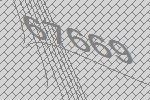
67669